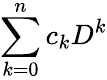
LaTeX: \sum_{k=0}^{n}c_{k}D^{k}